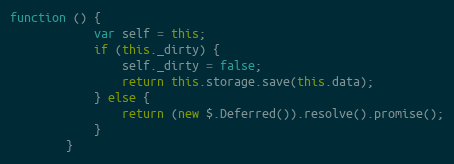
Language: JavaScript
function () {
            var self = this;
            if (this._dirty) {
                self._dirty = false;
                return this.storage.save(this.data);
            } else {
                return (new $.Deferred()).resolve().promise();
            }
        }